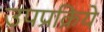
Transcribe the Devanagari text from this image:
उपप्रक्रिये